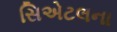
સિએટલના